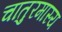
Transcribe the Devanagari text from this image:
चातुरमास्य